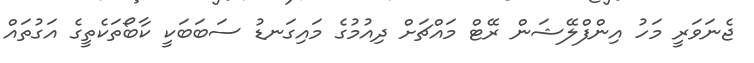
ޖެނަވަރީ މަހު އިންފްލޭޝަން ރޭޓް މައްޗަށް ދިއުމުގެ މައިގަނޑު ސަބަބަކީ ކާބޯތަކެތީގެ އަގުތައް